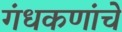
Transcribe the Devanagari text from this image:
गंधकणांचे